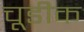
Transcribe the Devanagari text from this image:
चूडीक